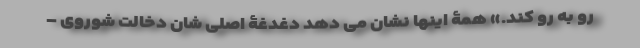
رو به رو کند.» همۀ اینها نشان می دهد دغدغۀ اصلی شان دخالت شوروی –